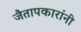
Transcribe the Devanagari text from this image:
जैतापकारांनी